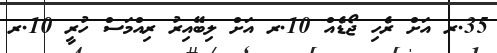
35.ރ އަށް ރެހި ޖޯޑެއް 10.ރ އަށް ލިބޭއިރު ރިއްމަސް ހުރީ 10.ރ